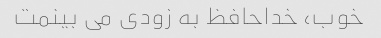
خوب، خداحافظ به زودی می بینمت